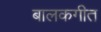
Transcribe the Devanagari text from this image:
बालकगीत